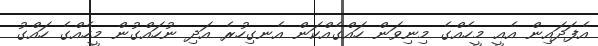
އެފަދައިން އެއީ މީހެއްގެ މިނިވަން ހައްގެއްކަން އެނގިހުރެ އަދި ނުހައްގުން މީހެއްގެ ހައްގު